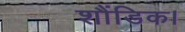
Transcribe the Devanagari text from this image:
शौंडिक।